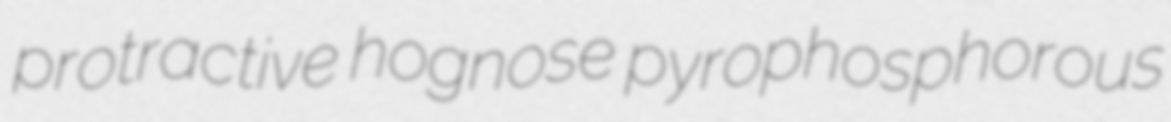
protractive hognose pyrophosphorous